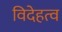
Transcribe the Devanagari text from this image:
विदेहत्व